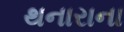
થનારાના